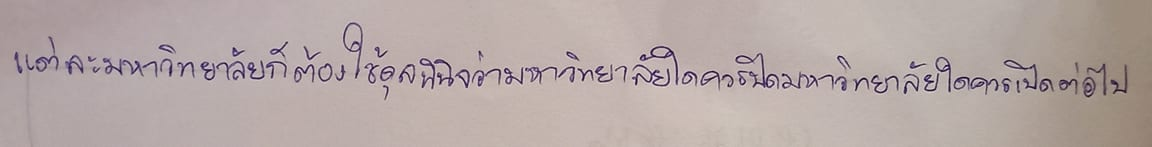
แต่ละมหาวิทยาลัยก็ต้องใช้ดุลพินิจว่ามหาวิทยาลัยใดควรปิดมหาวิทยาลัยใดควรเปิดต่อไป